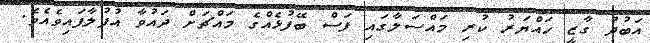
އަބުދު ގާޒީ ހައްޔަރު ކުރި މައްސަލާގައި ފަސް ބޭފުޅެއްގެ މައްޗަށް ދައުވާ އުފުލާފައިވެއެވެ.